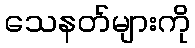
သေနတ်များကို